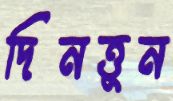
দিনত্তুন